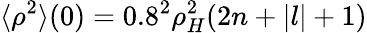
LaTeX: \langle\rho^{2}\rangle(0)=0.8^{2}\rho_{H}^{2}(2n+|l|+1)